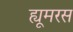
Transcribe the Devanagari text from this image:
ह्यूमरस